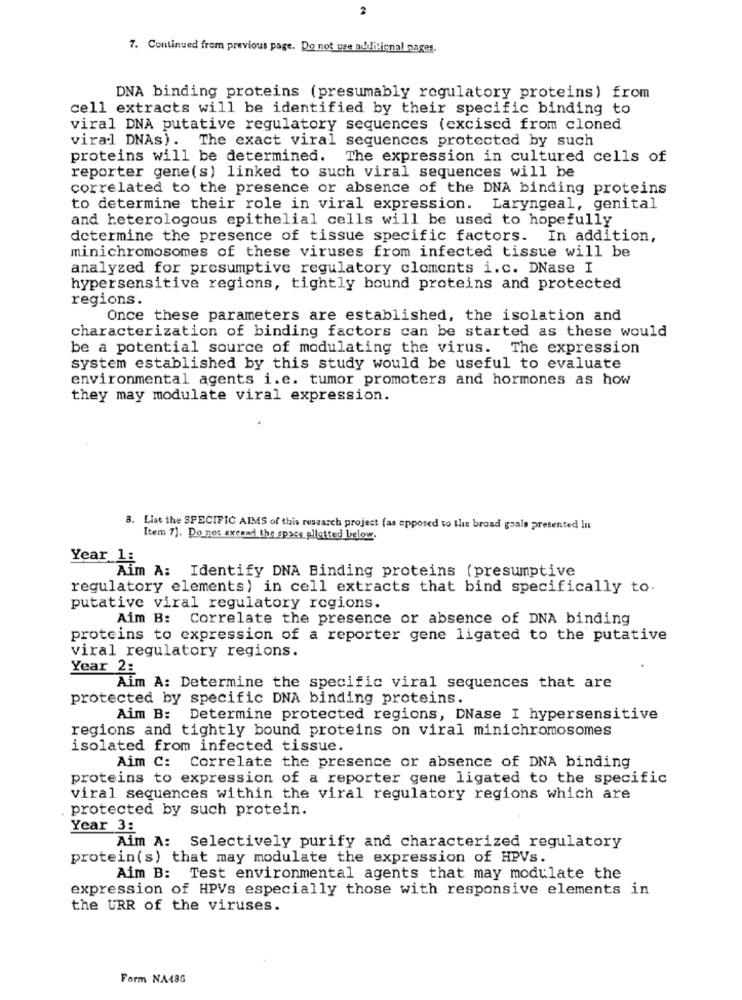
7. Continued from previous page. Do not use additional pages.
DNA binding proteins (presumably regulatory proteins) from
cell extracts will be identified by their specific binding to
viral DNA putative regulatory sequences (excised from cloned
viral DNAs). The exact viral sequences protected by such
proteins will be determined. The expression in cultured cells of
reporter gene(s) linked to such viral sequences will be
correlated to the presence or absence of the DNA binding proteins
to determine their role in viral expression. Laryngeal, genital
and heterologous epithelial cells will be used to hopefully
determine the presence of tissue specific factors.
- In addition,
minichromosomes of these viruses from infected tissue will be
analyzed for presumptive regulatory cloments i.c. DNase I
hypersensitive regions, tightly bound proteins and protected
regions.
Once these parameters are established, the isolation and
characterization of binding factors can be started as these would
be a potential source of modulating the virus. The expression
system established by this study would be useful to evaluate
environmental agents i.e. tumor promoters and hormones as how
they may modulate viral expression.
3. List the SPECIFIC AIMS of this research project (as opposed to the broad goals presented in
Item 7). Do not excand the space allotted below.
Year 1:
Aim A: Identify DNA Binding proteins (presumptive
regulatory elements) in cell extracts that bind specifically to.
putative viral regulatory regions.
Aim B: Correlate the presence or absence of DNA binding
proteins to expression of a reporter gene ligated to the putative
viral regulatory regions.
Year 2:
Aim A: Determine the specific viral sequences that are
protected by specific DNA binding proteins.
Aim B: Determine protected regions, DNase I hypersensitive
regions and tightly bound proteins on viral minichromosomes
isolated from infected tissue.
Aim C: Correlate the presence or absence of DNA binding
proteins to expression of a reporter gene ligated to the specific
viral sequences within the viral regulatory regions which are
protected by such protein.
Year 3:
Aim A: Selectively purify and characterized regulatory
protein(s) that may modulate the expression of HPVs.
Aim B: Test environmental agents that may modulate the
expression of HPVs especially those with responsive elements in
the URR of the viruses.
Form NA48G